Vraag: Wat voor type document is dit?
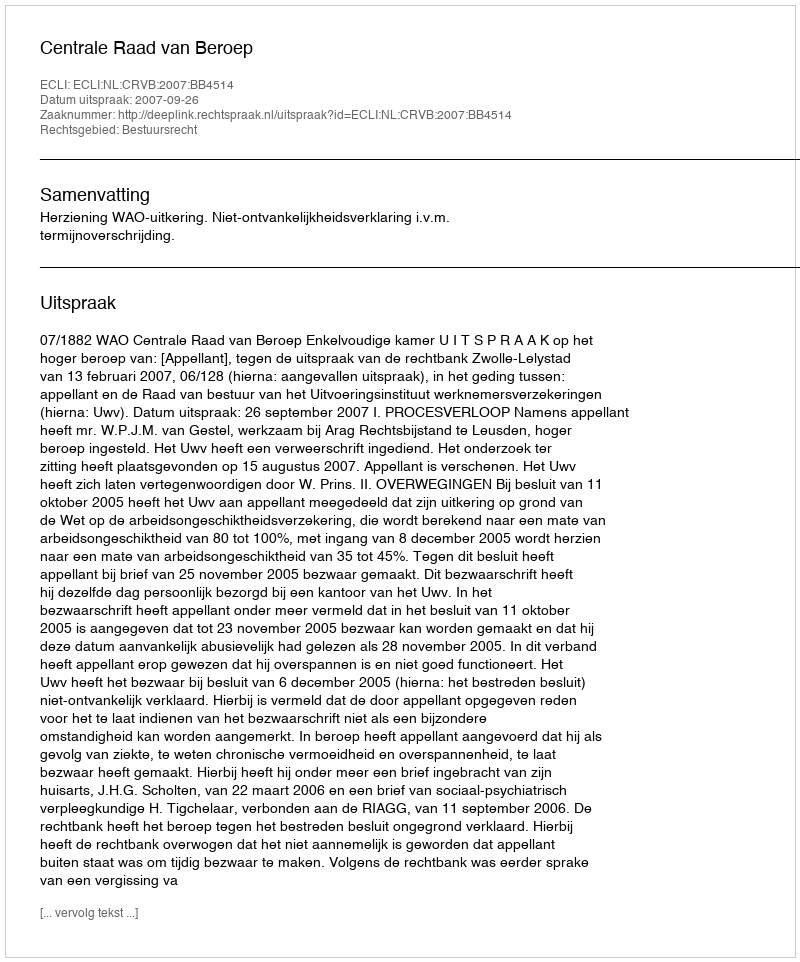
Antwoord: Uitspraak